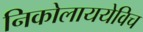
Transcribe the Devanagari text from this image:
निकोलाययेविच